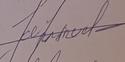
Signature authenticity: forged